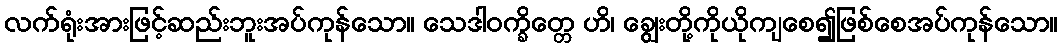
လက်ရုံးအားဖြင့်ဆည်းဘူးအပ်ကုန်သော။ သေဒါဝက္ခိတ္တေ ဟိ၊ ချွေးတို့ကိုယိုကျစေ၍ဖြစ်စေအပ်ကုန်သော။